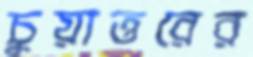
চুয়াত্তরের